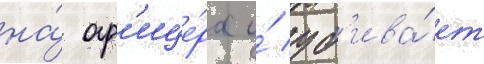
на́ оф'ице́ра и́ уб'ива́ет